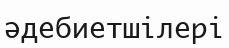
әдебиетшілері